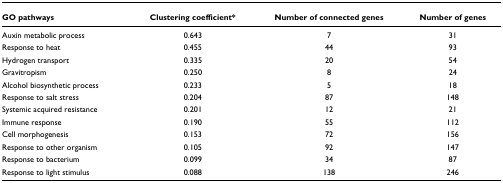
| GO pathways | Clustering coefficient* | Number of connected genes | Number of genes |
 | --- | --- | --- | --- |
 | Auxin metabolic process | 0.643 | 7 | 31 |
 | Response to heat | 0.455 | 44 | 93 |
 | Hydrogen transport | 0.335 | 20 | 54 |
 | Gravitropism | 0.250 | 8 | 24 |
 | Alcohol biosynthetic process | 0.233 | 5 | 18 |
 | Response to salt stress | 0.204 | 87 | 148 |
 | Systemic acquired resistance | 0.201 | 12 | 21 |
 | Immune response | 0.190 | 55 | 112 |
 | Cell morphogenesis | 0.153 | 72 | 156 |
 | Response to other organism | 0.105 | 92 | 147 |
 | Response to bacterium | 0.099 | 34 | 87 |
 | Response to light stimulus | 0.088 | 138 | 246 |